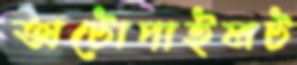
অটোপাইলট